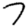
Digit: 7